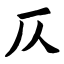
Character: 仄